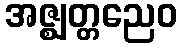
အဇ္ဈတ္တညေဝ